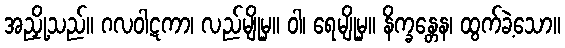
အညှို့သည်။ ဂလဝါဋကာ၊ လည်မျိုမှ။ ဝါ၊ ရေမျိုမှ။ နိက္ခန္တေန၊ ထွက်ခဲ့သော။